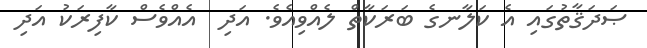
ޞަދަޤާތުގައި އެ ކަލާނގެ ބަރަކާތް ލެއްވިއެވެ. އަދި  އެއްވެސް ކާފިރަކު އަދި